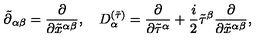
\tilde { \partial } { } _ { \alpha \beta } = \frac { \partial } { \partial { \tilde { x } ^ { \alpha \beta } } } , \quad D _ { \alpha } ^ { ( \tilde { \tau } ) } = \frac { \partial } { \partial \tilde { \tau } ^ { \alpha } } + \frac { i } { 2 } \tilde { \tau } ^ { \beta } \frac { \partial } { \partial { \tilde { x } ^ { \alpha \beta } } } ,